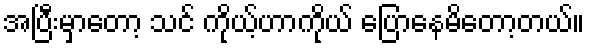
အပြီးမှာတော့ သင် ကိုယ့်ဟာကိုယ် ပြောနေမိတော့တယ်။